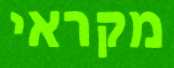
מקראי